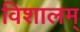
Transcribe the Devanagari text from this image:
विशालम्